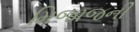
મિજાજની